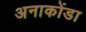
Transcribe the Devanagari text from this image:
अनाकोंडा